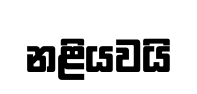
නළියවයි